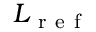
L _ { \mathrm { ~ r ~ e ~ f ~ } }